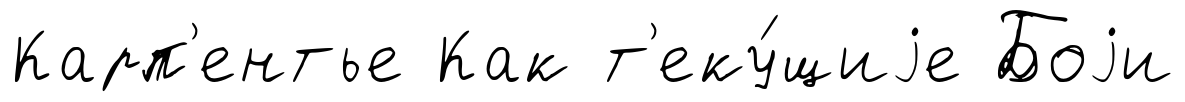
Карп'ентье Как т'еку́щиjе Боjи